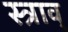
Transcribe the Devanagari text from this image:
स्त्राव्